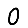
Digit: 0